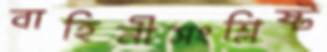
বাহিনীসংশ্লিষ্ট